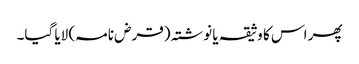
پھر اس کا وثیقہ یا نوشتہ (قرض نامہ) لایا گیا۔